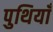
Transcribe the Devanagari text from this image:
पुथियाँ